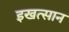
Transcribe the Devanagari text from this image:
इखत्सान